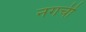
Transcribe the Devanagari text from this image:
नगर्ची